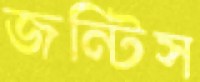
জন্টিস